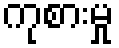
ကုစားမှု